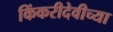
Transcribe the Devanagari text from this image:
किंकरीदेवीच्या